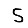
Digit: 5